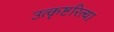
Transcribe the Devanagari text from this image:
उत्कृष्टरित्या